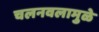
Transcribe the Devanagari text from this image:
चलनवलामुळे